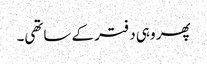
پھر وہی دفتر کے ساتھی۔